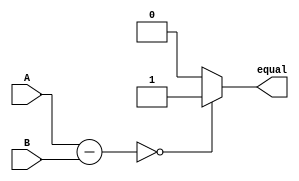
module EqualityComparator (
    input [7:0] A,
    input [7:0] B,
    output reg equal
);

reg [7:0] subtraction_result;

always @ (A or B)
begin
    subtraction_result = A - B;
    if(subtraction_result == 8'b0)
        equal = 1;
    else
        equal = 0;
end

endmodule